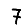
Digit: 7